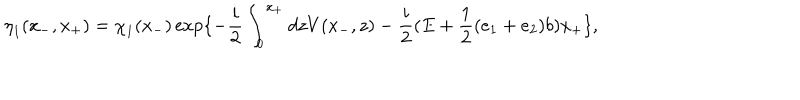
LaTeX: { \eta } _ { 1 } ( x _ { - } , x _ { + } ) = { \chi } _ { 1 } ( x _ { - } ) \exp \{ - \frac { i } { 2 } \int _ { 0 } ^ { x _ { + } } d z V ( x _ { - } , z ) - \frac { i } { 2 } ( E + \frac { 1 } { 2 } ( e _ { 1 } + e _ { 2 } ) b ) x _ { + } \} ,